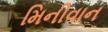
મિનીવાન